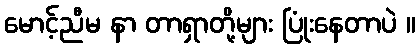
မောင့်ညီမ နာ တာရှာတို့များ ပြုံးနေတာပဲ ။